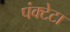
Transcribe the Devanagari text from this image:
पंक्टेटा